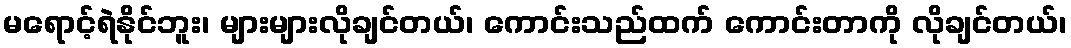
မရောင့်ရဲနိုင်ဘူး၊ များများလိုချင်တယ်၊ ကောင်းသည်ထက် ကောင်းတာကို လိုချင်တယ်၊